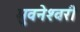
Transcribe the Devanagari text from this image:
भुवनेश्‍वरी